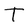
Character: T